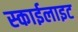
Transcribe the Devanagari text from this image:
स्‍काईलाइट